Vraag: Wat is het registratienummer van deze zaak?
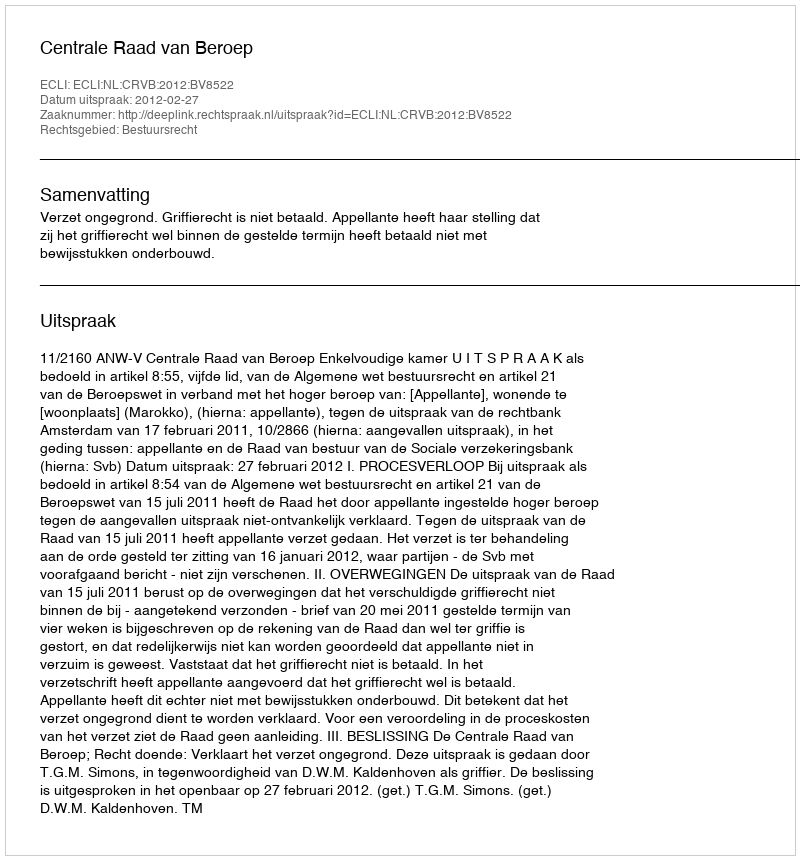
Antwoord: http://deeplink.rechtspraak.nl/uitspraak?id=ECLI:NL:CRVB:2012:BV8522